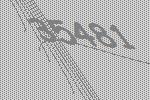
35481